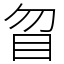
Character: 䀜